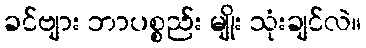
ခင်ဗျား ဘာပစ္စည်း မျိုး သုံးချင်လဲ။